画像に写った文字を読んでください
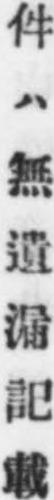
「件ハ無遺漏記載」と書いてあります